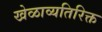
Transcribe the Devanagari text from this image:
खेळाव्यतिरिक्त